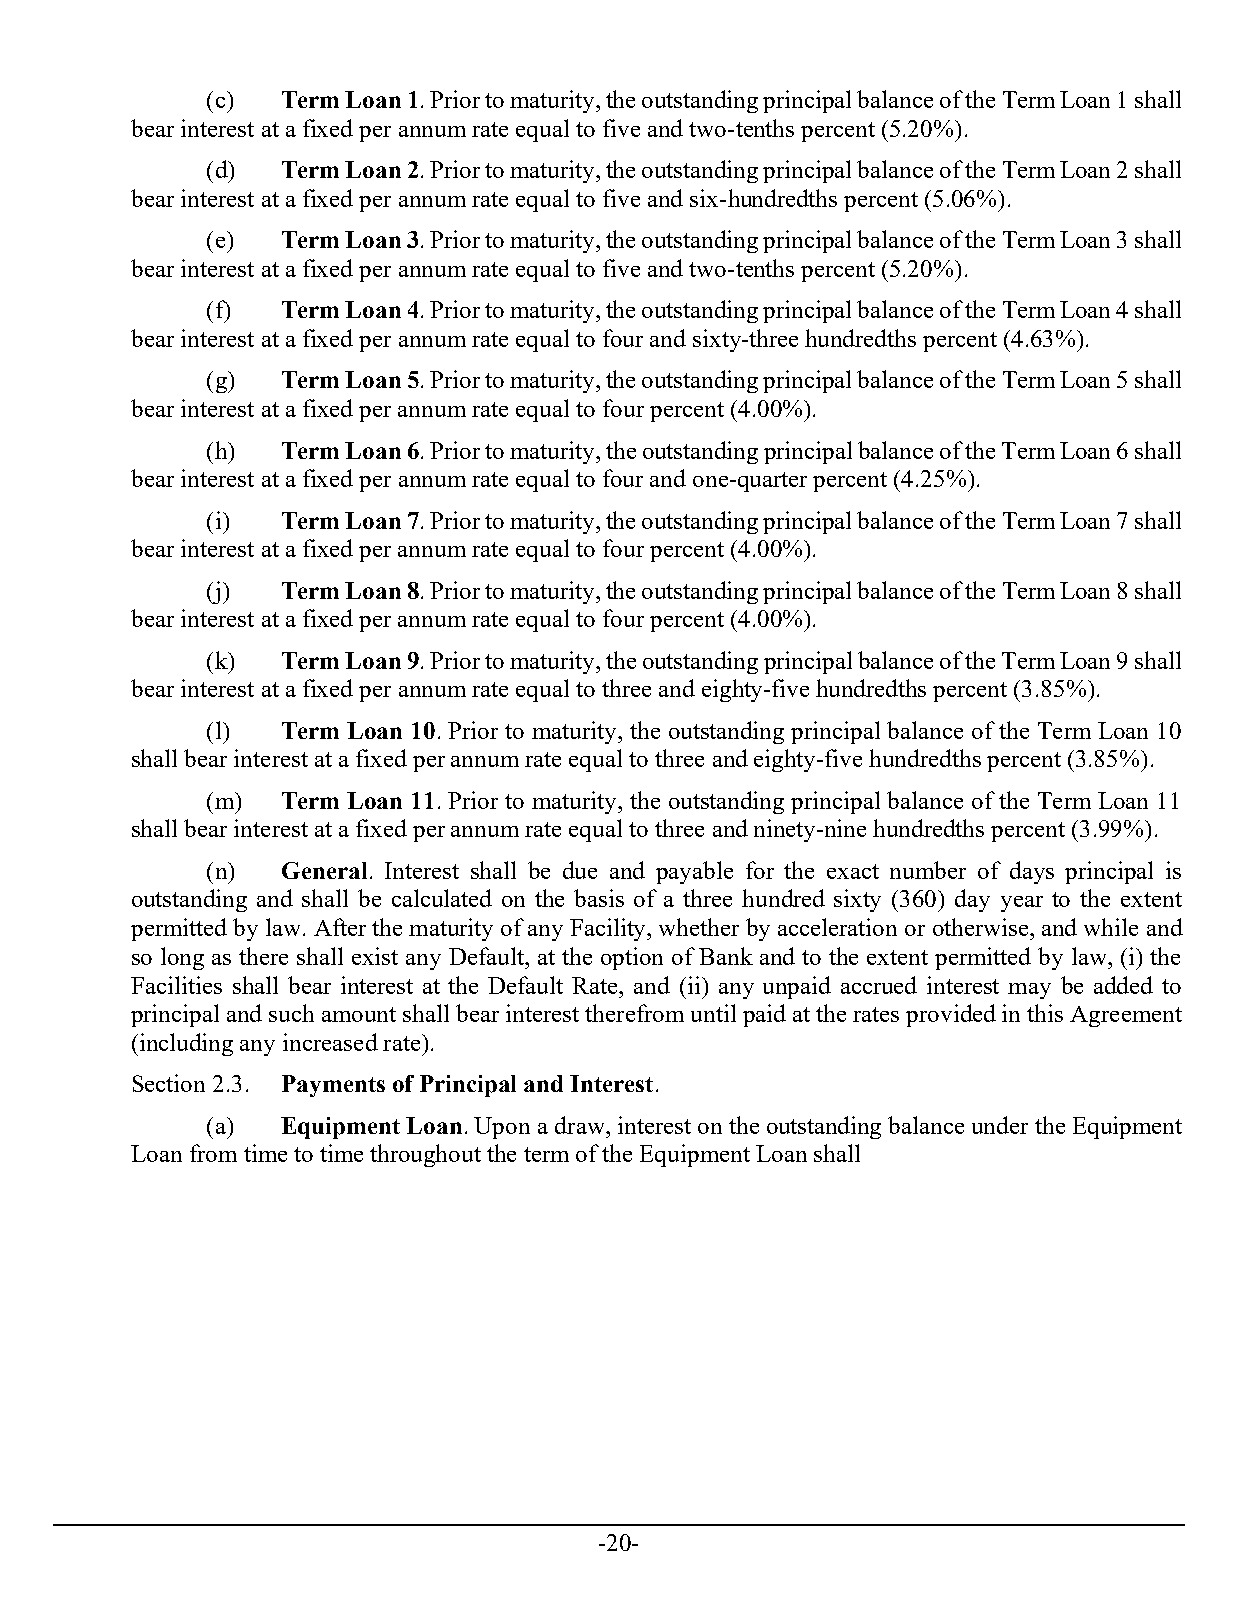
(c)  Term Loan 1. Prior to maturity, the outstanding principal balance of the Term Loan 1 shall
 bear interest at a fixed per annum rate equal to five and two-tenths percent (5.20%).
 (d)  Term Loan 2. Prior to maturity, the outstanding principal balance of the Term Loan 2 shall
 bear interest at a fixed per annum rate equal to five and six-hundredths percent (5.06%).
 (e)  Term Loan 3. Prior to maturity, the outstanding principal balance of the Term Loan 3 shall
 bear interest at a fixed per annum rate equal to five and two-tenths percent (5.20%).
 (f)  Term Loan 4. Prior to maturity, the outstanding principal balance of the Term Loan 4 shall
 bear interest at a fixed per annum rate equal to four and sixty-three hundredths percent (4.63%).
 (g)  Term Loan 5. Prior to maturity, the outstanding principal balance of the Term Loan 5 shall
 bear interest at a fixed per annum rate equal to four percent (4.00%).
 (h)  Term Loan 6. Prior to maturity, the outstanding principal balance of the Term Loan 6 shall
 bear interest at a fixed per annum rate equal to four and one-quarter percent (4.25%).
 (i)  Term Loan 7. Prior to maturity, the outstanding principal balance of the Term Loan 7 shall
 bear interest at a fixed per annum rate equal to four percent (4.00%).
 (j)  Term Loan 8. Prior to maturity, the outstanding principal balance of the Term Loan 8 shall
 bear interest at a fixed per annum rate equal to four percent (4.00%).
 (k)  Term Loan 9. Prior to maturity, the outstanding principal balance of the Term Loan 9 shall
 bear interest at a fixed per annum rate equal to three and eighty-five hundredths percent (3.85%).
 (l)  Term Loan 10. Prior to maturity, the outstanding principal balance of the Term Loan 10
 shall bear interest at a fixed per annum rate equal to three and eighty-five hundredths percent (3.85%).
 (m)  Term Loan 11. Prior to maturity, the outstanding principal balance of the Term Loan 11
 shall bear interest at a fixed per annum rate equal to three and ninety-nine hundredths percent (3.99%).
 (n)  General. Interest shall be due and payable for the exact number of days principal is
 outstanding and shall be calculated on the basis of a three hundred sixty (360) day year to the extent
 permitted by law. After the maturity of any Facility, whether by acceleration or otherwise, and while and
 so long as there shall exist any Default, at the option of Bank and to the extent permitted by law, (i) the
 Facilities shall bear interest at the Default Rate, and (ii) any unpaid accrued interest may be added to
 principal and such amount shall bear interest therefrom until paid at the rates provided in this Agreement
 (including any increased rate).
 Section 2.3. Payments of Principal and Interest.
 (a)  Equipment Loan. Upon a draw, interest on the outstanding balance under the Equipment
 Loan from time to time throughout the term of the Equipment Loan shall
 -20-